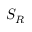
S _ { R }